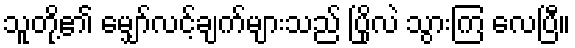
သူတို့၏ မျှော်လင့်ချက်များသည် ပြိုလဲ သွားကြ လေပြီ။